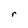
Character: r